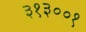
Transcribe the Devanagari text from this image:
३१३००१